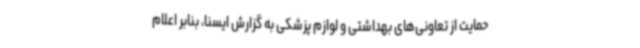
حمایت از تعاونی‌های بهداشتی و لوازم پزشکی به گزارش ایسنا، بنابر اعلام